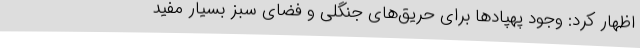
اظهار کرد:‌ وجود پهپادها برای حریق‌های جنگلی و فضای سبز بسیار مفید